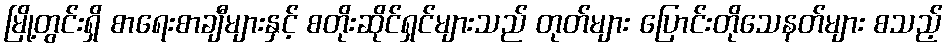
မြို့တွင်းရှိ စာရေးစာချီများနှင့် စတိုးဆိုင်ရှင်များသည် တုတ်များ ပြောင်းတိုသေနတ်များ စသည့်